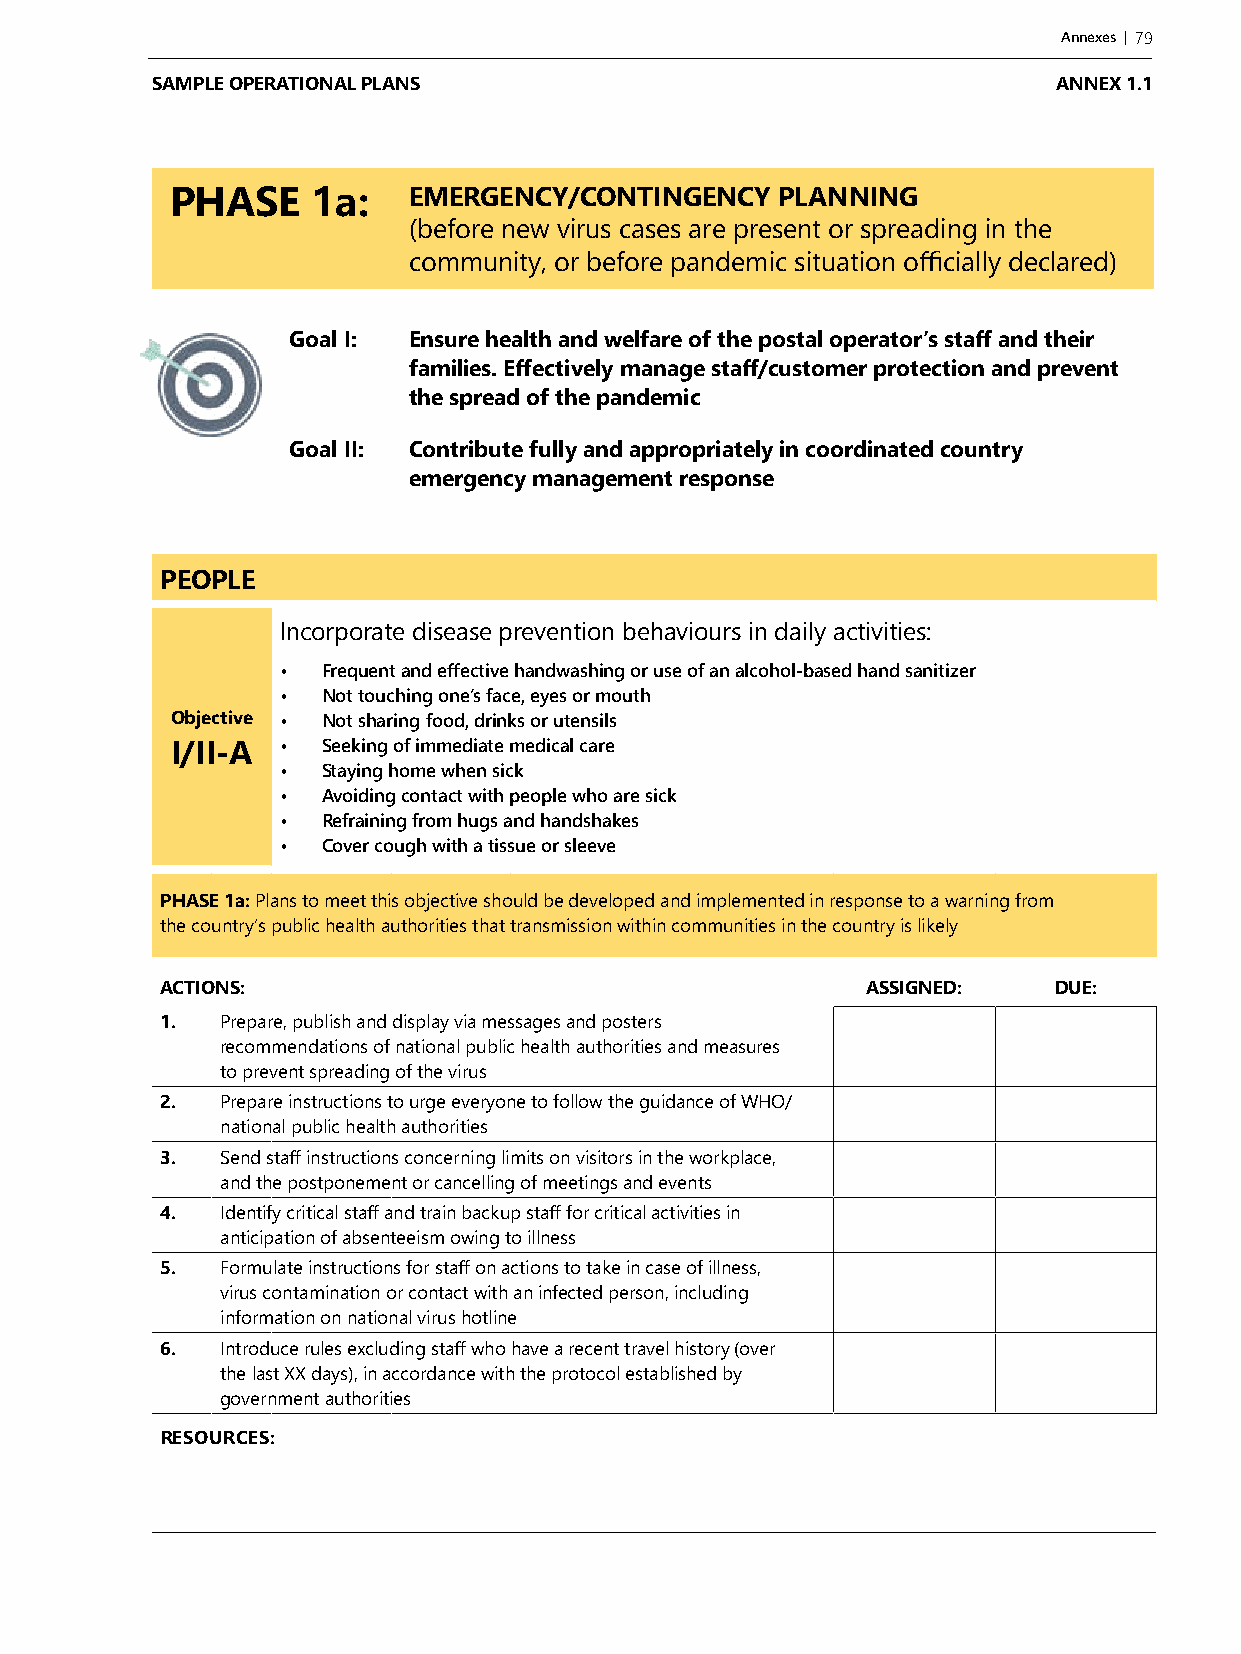
Annexes | 79
 SAMPLE OPERATIONAL PLANS                                    ANNEX 1.1
 PHASE     1a:   EMERGENCY/CONTINGENCY   PLANNING
 (before new virus cases are present or spreading in the
 community, or before pandemic situation officially declared)
 Goal I: Ensure health and welfare of the postal operator’s staff and their
 families. Effectively manage staff/customer protection and prevent
 the spread of the pandemic
 Goal II: Contribute fully and appropriately in coordinated country
 emergency management response
 PEOPLE
 Incorporate disease prevention behaviours in daily activities:
 • Frequent and effective handwashing or use of an alcohol-based hand sanitizer
 • Not touching one’s face, eyes or mouth
 Objective • Not sharing food, drinks or utensils
 I/II-A  • Seeking of immediate medical care
 • Staying home when sick
 • Avoiding contact with people who are sick
 • Refraining from hugs and handshakes
 • Cover cough with a tissue or sleeve
 PHASE 1a: Plans to meet this objective should be developed and implemented in response to a warning from
 the country’s public health authorities that transmission within communities in the country is likely
 ACTIONS:                                      ASSIGNED:    DUE:
 1.  Prepare, publish and display via messages and posters
 recommendations of national public health authorities and measures
 to prevent spreading of the virus
 2.  Prepare instructions to urge everyone to follow the guidance of WHO/
 national public health authorities
 3.  Send staff instructions concerning limits on visitors in the workplace,
 and the postponement or cancelling of meetings and events
 4.  Identify critical staff and train backup staff for critical activities in
 anticipation of absenteeism owing to illness
 5.  Formulate instructions for staff on actions to take in case of illness,
 virus contamination or contact with an infected person, including
 information on national virus hotline
 6.  Introduce rules excluding staff who have a recent travel history (over
 the last XX days), in accordance with the protocol established by
 government authorities
 RESOURCES: